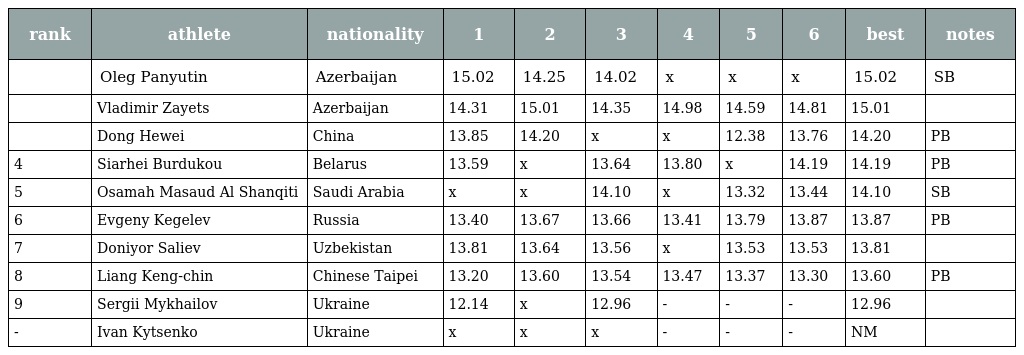
| rank | athlete | nationality | 1 | 2 | 3 | 4 | 5 | 6 | best | notes |
 | --- | --- | --- | --- | --- | --- | --- | --- | --- | --- | --- |
 |  | Oleg Panyutin | Azerbaijan | 15.02 | 14.25 | 14.02 | x | x | x | 15.02 | SB |
 |  | Vladimir Zayets | Azerbaijan | 14.31 | 15.01 | 14.35 | 14.98 | 14.59 | 14.81 | 15.01 |  |
 |  | Dong Hewei | China | 13.85 | 14.20 | x | x | 12.38 | 13.76 | 14.20 | PB |
 | 4 | Siarhei Burdukou | Belarus | 13.59 | x | 13.64 | 13.80 | x | 14.19 | 14.19 | PB |
 | 5 | Osamah Masaud Al Shanqiti | Saudi Arabia | x | x | 14.10 | x | 13.32 | 13.44 | 14.10 | SB |
 | 6 | Evgeny Kegelev | Russia | 13.40 | 13.67 | 13.66 | 13.41 | 13.79 | 13.87 | 13.87 | PB |
 | 7 | Doniyor Saliev | Uzbekistan | 13.81 | 13.64 | 13.56 | x | 13.53 | 13.53 | 13.81 |  |
 | 8 | Liang Keng-chin | Chinese Taipei | 13.20 | 13.60 | 13.54 | 13.47 | 13.37 | 13.30 | 13.60 | PB |
 | 9 | Sergii Mykhailov | Ukraine | 12.14 | x | 12.96 | - | - | - | 12.96 |  |
 | - | Ivan Kytsenko | Ukraine | x | x | x | - | - | - | NM |  |